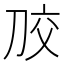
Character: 𭃠